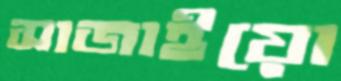
সাজাইয়ো